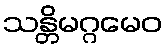
သန္တိမဂ္ဂမေဝ